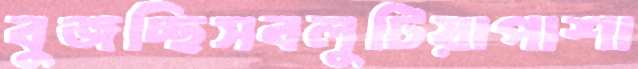
বুজচ্ছিসবলুটিয়াপাশা